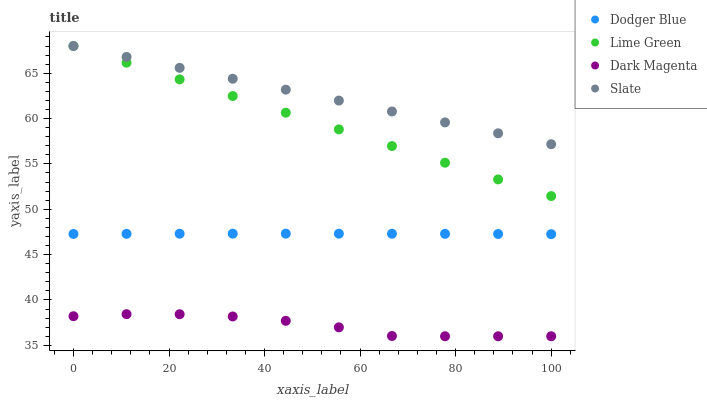
| xaxis_label | Dodger Blue | Lime Green | Dark Magenta | Slate |
 | --- | --- | --- | --- | --- |
 | 0 | 47.3 | 68 | 38.2 | 68 |
 | 11.1 | 47.3 | 66.2 | 38.4 | 66.8 |
 | 22.2 | 47.3 | 64.3 | 38.4 | 65.6 |
 | 33.3 | 47.3 | 62.5 | 38.2 | 64.4 |
 | 44.4 | 47.3 | 60.6 | 37.7 | 63.2 |
 | 55.6 | 47.3 | 58.8 | 37 | 62 |
 | 66.7 | 47.3 | 57 | 36 | 60.8 |
 | 77.8 | 47.3 | 55.1 | 36 | 59.6 |
 | 88.9 | 47.3 | 53.3 | 36 | 58.4 |
 | 100 | 47.3 | 51.5 | 36 | 57.2 |